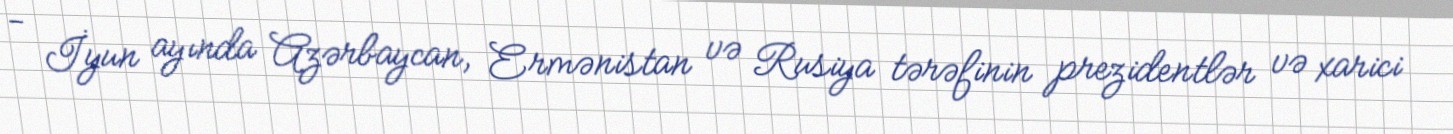
- İyun ayında Azərbaycan, Ermənistan və Rusiya tərəfinin prezidentlər və xarici